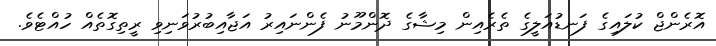
އޮރެންޖް ކުލައިގެ ފަނޑުއަލީގެ ތެރެއިން މިޝާގެ ދޮންމޫނު ފެންނައިރު އަޖާއިބުރުވަނިވި ރީތިގޮތެއް ހުއްޓެވެ.